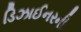
ડિઝાઈનરની